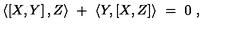
\langle \left[ X , Y \right] , Z \rangle \ + \ \langle Y , \left[ X , Z \right] \rangle \ = \ 0 \ ,